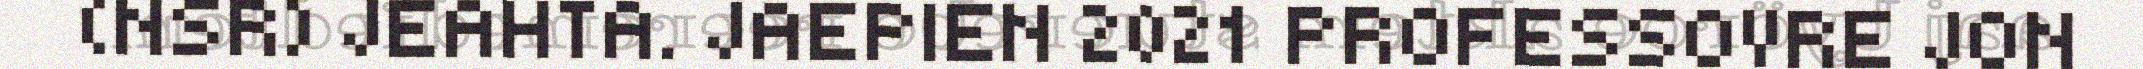
(NSR) JEAHTA. JAEPIEN 2021 PROFESSOVRE JON